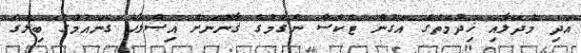
އަދި މުދަލާއި ޚިދުމަތުގެ އަގުން ޓެކްސް ނެގުމުގެ ޤާނޫނަށް އިޞްލާޙު ގެނައުމުގެ ބިލުގެ